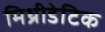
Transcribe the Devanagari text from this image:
मिथ्रीडेटिक